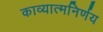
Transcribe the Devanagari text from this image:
काव्यात्मनिर्णय